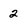
Character: 2